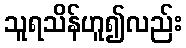
သူရသိန်ဟူ၍လည်း